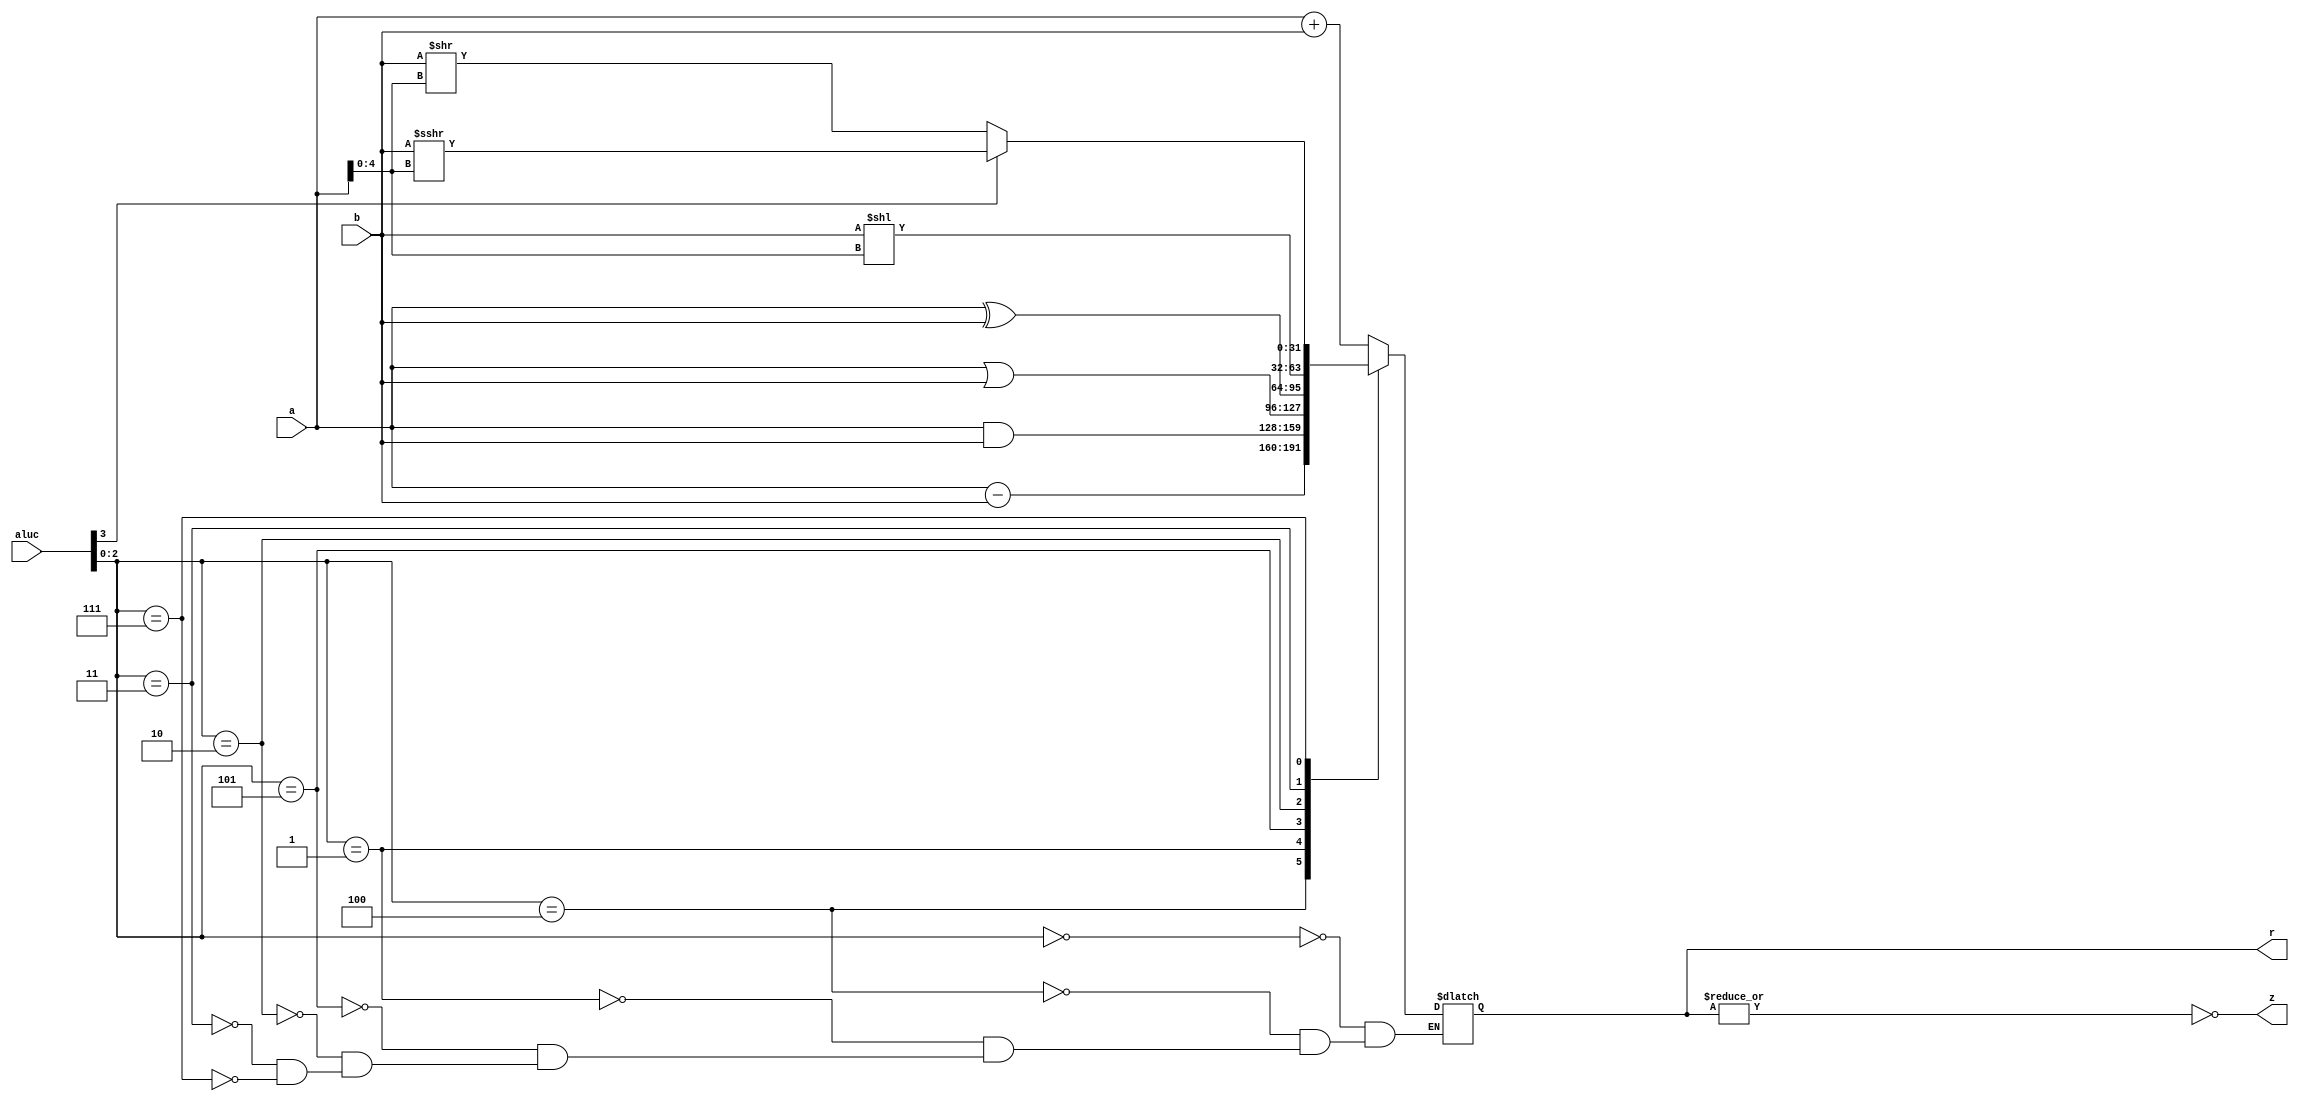
`timescale 1ns / 1ps
//////////////////////////////////////////////////////////////////////////////////
// Company: 
// Engineer: 
// 
// Design Name: 
// Module Name:    alu 
// Project Name: 
// Target Devices: 
// Tool versions: 
// Description: 
//
// Dependencies: 
//
// Revision: 
// Revision 0.01 - File Created
// Additional Comments: 
//
//////////////////////////////////////////////////////////////////////////////////
/*
module alu(
	input signed [31:0]a,
	input signed [31:0]b,
	input [3:0]aluc,
	output [31:0]r,
	output z
);

wire [31:0]d_and = a & b;
wire [31:0]d_or = a | b;
wire [31:0]d_xor = a ^ b;
wire [31:0]d_lui = {b[15:0], 15'b0};
wire [31:0]d_and_or = aluc[2] ? d_or : d_and;
wire [31:0]d_xor_lui = aluc[2] ? d_lui : d_xor;
wire [31:0]d_as, d_sh;

assign d_as = aluc[2] ? (a - b) : (a + b);
shift shifter(
	.d(b),
	.sa(a[4:0]),
	.right(aluc[2]),
	.arith(aluc[3]),
	.sh(d_sh)
);

mux4 mux4_EXE(
	.mux4_0(d_as),
	.mux4_1(d_and_or),
	.mux4_2(d_xor_lui),
	.mux4_3(d_sh),
	.select4(aluc[1:0]),
	.mux4_out(r)
);
assign z = ~|r;

endmodule
*/

module alu(
	input signed [31:0]a,
	input signed [31:0]b,
	input [3:0]aluc,
	output reg [31:0]r,
	output z
);

parameter ADD = 3'b000;
parameter SUB = 3'b100;
parameter AND = 3'b001;
parameter OR = 3'b101;
parameter XOR = 3'b010;
parameter LUI = 3'b10;
parameter SLL = 3'b011;
parameter SRL_A = 3'b111;

always @ (*)
begin
	case(aluc[2:0])
		ADD: r = a + b;
		SUB: r = a - b;
		AND: r = a & b;
		OR: r = a | b;
		XOR: r = a ^ b;
		LUI: r = {b[15:0], 16'h0};
		SLL: r = b << a[4:0];
		SRL_A:
			if(aluc[3] == 1'b0) r = b >> a[4:0];
			else r = b >>> a[4:0];
	endcase
end

assign z = ~|r;

endmodule